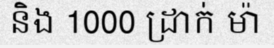
និង 1000 ដ្រាក់ ម៉ា